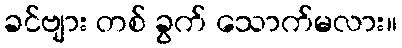
ခင်ဗျား တစ် ခွက် သောက်မလား။